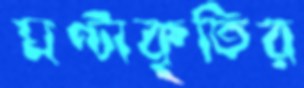
ঘণ্টাকৃতির